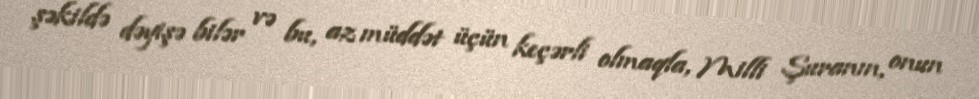
şəkildə dəyişə bilər və bu, az müddət üçün keçərli olmaqla, Milli Şuranın, onun